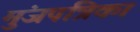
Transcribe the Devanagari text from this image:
मुंजपत्रिका